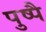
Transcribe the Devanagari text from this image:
पुष्पै